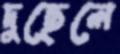
দুছেলে